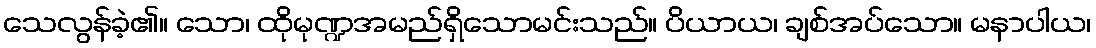
သေလွန်ခဲ့၏။ သော၊ ထိုမုဏ္ဍအမည်ရှိသောမင်းသည်။ ပိယာယ၊ ချစ်အပ်သော။ မနာပါယ၊